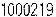
1000219